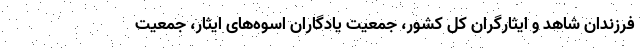
فرزندان شاهد و ایثارگران کل کشور، جمعیت یادگاران اسوه‌های ایثار، جمعیت